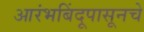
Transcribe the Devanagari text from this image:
आरंभबिंदूपासूनचे